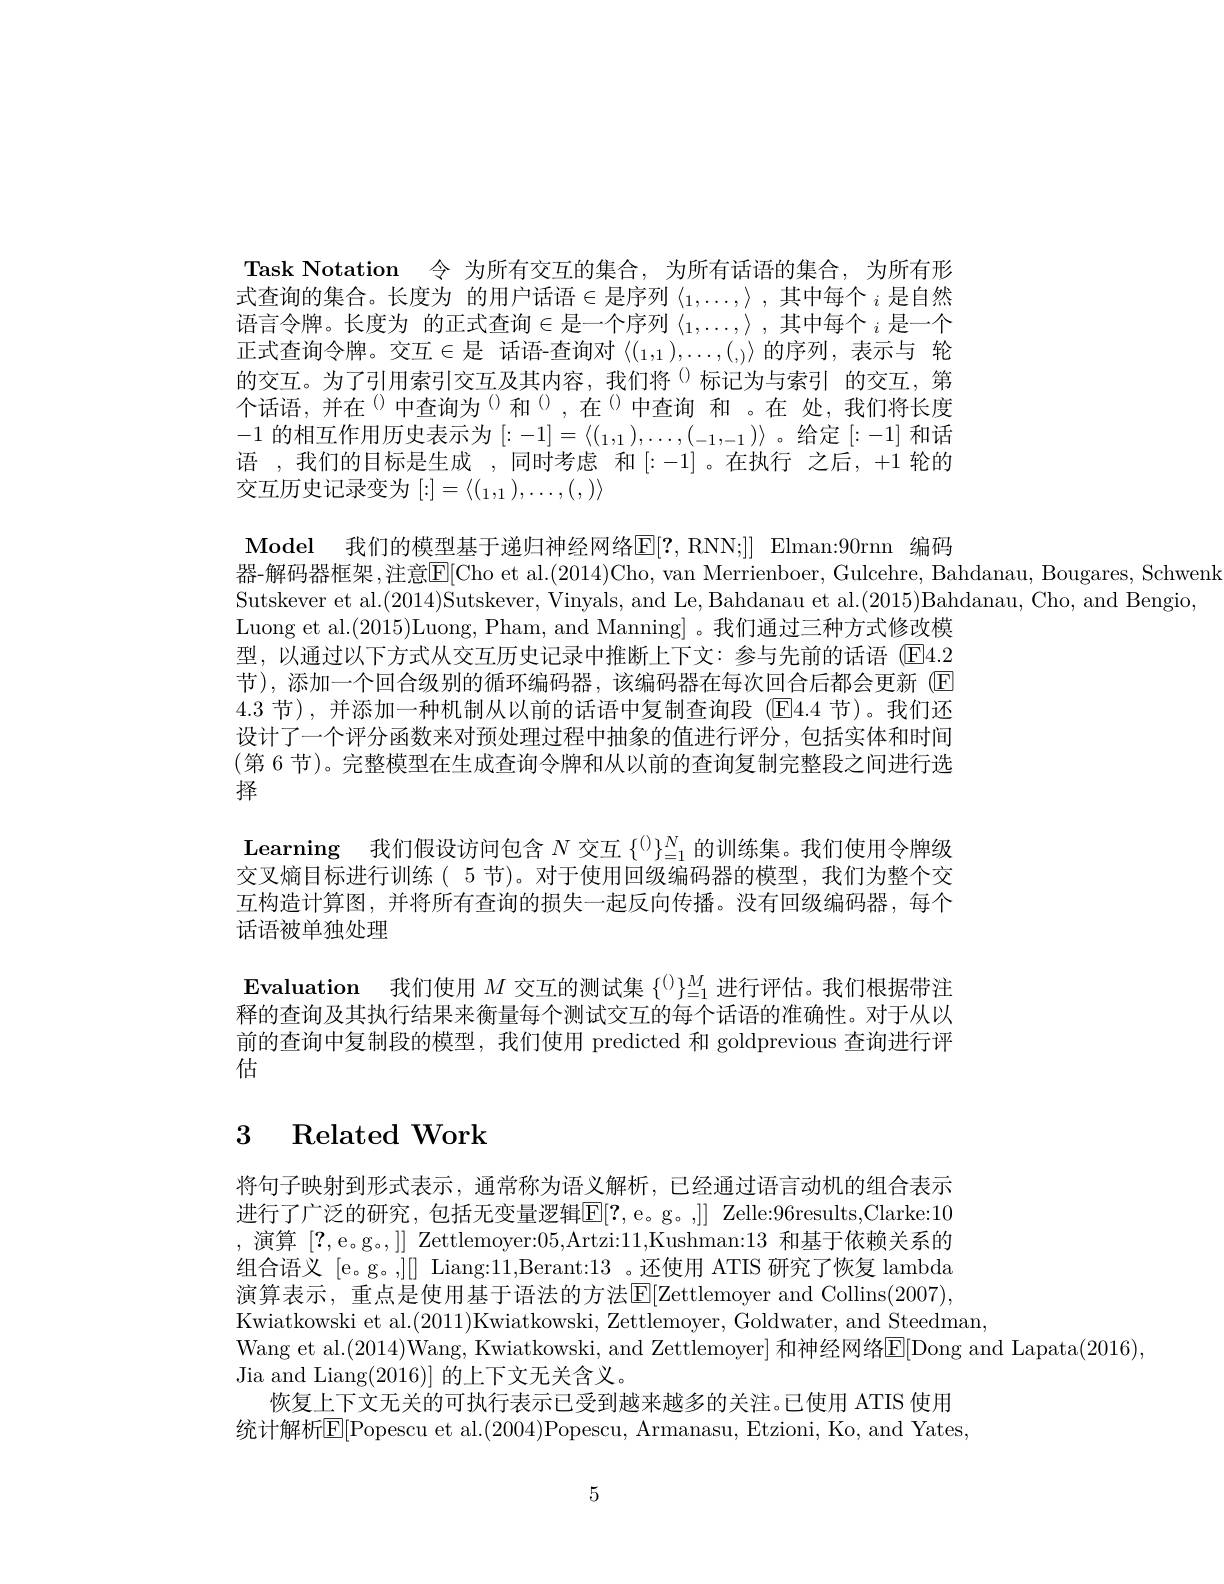
Task Notation 令 为所有交互的集合，为所有话语的集合，为所有形式查询的集合。长度为 的用户话语$\in$是序列 $\langle_1,\ldots,\rangle\text{ ,其中每个 }_i$ 是自然语言令牌。长度为 的正式查询$\in$是一个序列 $\langle_1,\ldots,\rangle\text{,其中每个}_i$ 是一个正式查询令牌。交互$\in$是 话语-查询对《$(_1,1),\ldots,(_{,)}\rangle$ 的序列，表示与 轮的交互。为了引用索引交互及其内容，我们将$^{(\mathrm{l})}$标记为与索引 的交互，第个话语，并在$^{(\mathrm{l})}$中查询为$^{(\mathrm{l})}$和$^{(\mathrm{l})}$,在$^{(\mathrm{l})}$中查询 和。在 处，我们将长度-1的相互作用历史表示为$[:-1]=\langle(_1,1),\ldots,(_{-1},-1)\rangle$ 。给定[:-1]和话语 ,我们的目标是生成 ,同时考虑 和[:-1]。在执行 之后，+1 轮的交互历史记录变为$[:]=\langle(_1,_1),\ldots,(,)\rangle$

Model 我们的模型基于递归神经网络[F[ ? , RNN; ] ] Elman:90rnn 编码

器-解码器框架，注意$\boxed{\mathrm{E}}[$Cho et al.(2014)Cho, van Merrienboer, Gulcehre, Bahdanau, Bougares, Schwenk
Sutskever et al.(2014)Sutskever, Vinyals, and Le, Bahdanau et al.(2015)Bahdanau, Cho, and Bengio,
Luong et al.(2015)Luong, Pham, and Manning]。我们通过三种方式修改模型，以通过以下方式从交互历史记录中推断上下文：参与先前的话语(E4.2节),添加一个回合级别的循环编码器，该编码器在每次回合后都会更新(E) 4.3节),并添加一种机制从以前的话语中复制查询段(E]4.4节)。我们还设计了一个评分函数来对预处理过程中抽象的值进行评分，包括实体和时间(第 6 节)。完整模型在生成查询令牌和从以前的查询复制完整段之间进行选择

Learning 我们假设访问包含$N$交互$\{^0\}_{=1}^N$的训练集。我们使用令牌级交叉熵目标进行训练( 5 节)。对于使用回级编码器的模型，我们为整个交互构造计算图，并将所有查询的损失一起反向传播。没有回级编码器，每个话语被单独处理
$\mathbf{E}$valuation 我们使用$M$交互的测试集$\{^{()}\}_{=1}^{M}$进行评估。我们根据带注释的查询及其执行结果来衡量每个测试交互的每个话语的准确性。对于从以

前的查询中复制段的模型，我们使用 predicted 和 goldprevious 查询进行评
估

## $\begin{array}{cc}3&\text{Related Work}\end{array}$

将句子映射到形式表示，通常称为语义解析，已经通过语言动机的组合表示进行了广泛的研究，包括无变量逻辑[F[?,e。g。,]] Zelle:96results,Clarke:10 ,演算[?,e。g。,]] Zettlemoyer:05,Artzi:11,Kushman:13和基于依赖关系的组合语义 [e。g。,][] Liang:11,Berant:13 。还使用 ATIS 研究了恢复 lambda 演算表示，重点是使用基于语法的方法$|\mathbb{E}|[$Zettlemoyer and Collins(2007), Kwiatkowski et al.(2011)Kwiatkowski, Zettlemoyer, Goldwater, and Steedman,
Wang et al.(2014)Wang, Kwiatkowski, and Zettlemoyer] 和神经网络$\overline{\mathbb{E}}[$Dong and Lapata(2016),
Jia and Liang(2016)]的上下文无关含义。
恢复上下文无关的可执行表示已受到越来越多的关注。已使用 ATIS 使用统计解析E[Popescu et al.(2004)Popescu, Armanasu, Etzioni, Ko, and Yates,

5